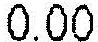
0.00